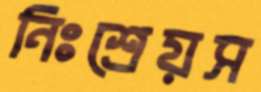
নিঃশ্রেয়স